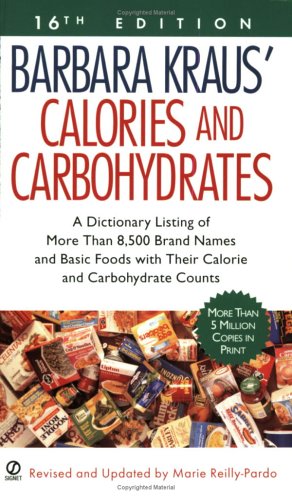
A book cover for Barbara Kraus' Calories and Carbohydrates: (16th Edition); Health, Fitness & Dieting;